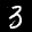
Label: 3